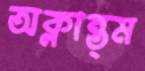
অক্লান্ত্ম